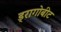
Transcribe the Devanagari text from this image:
ड्रागोबीट